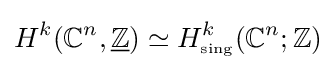
H^{k}(\mathbb {C} ^{n},{\underline {\mathbb {Z} }})\simeq H_{\scriptscriptstyle {\rm {sing}}}^{k}(\mathbb {C} ^{n};\mathbb {Z} )